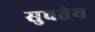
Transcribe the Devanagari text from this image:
सुचतेय